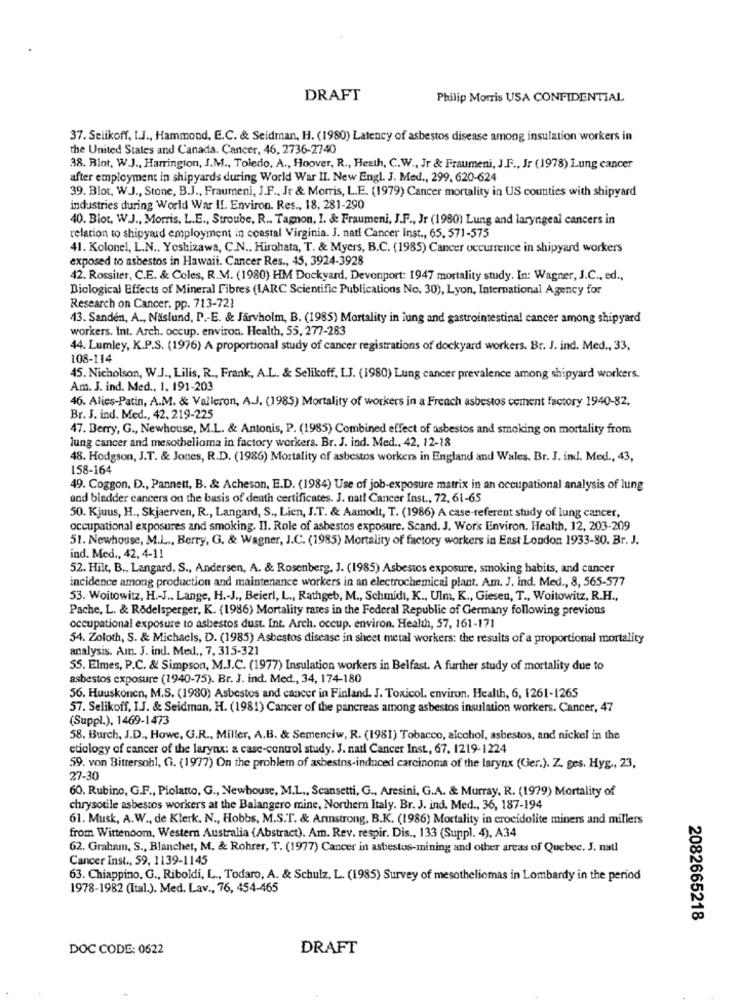
DRAFT
Philip Morris USA CONFIDENTIAL
37. Selikoff, t.J ., Hammond, E.C. & Seidman, H. (1980) Latency of asbestos disease among insulation workers in
the United States and Canada. Cancer, 46, 2736-2740
38. Blot, W.J ., Harrington, J.M ., Toledo. A ., Hoover, R ., Heath, C.W ., Jr & Fraumeni, J.F ., Jr (1978) Lung cancer
after employment in shipyards during World War II. New Engl. J. Med ., 299, 620-624
39. Blot, W.J ., Stone, B.J ., Fraumeni, J.F ., Jr & Morris, L.E. (1979) Cancer mortality in US counties with shipyard
industries during World War II. Environ. Res ., 18, 281-290
40. Blot, W.J ., Morris, L.E ., Stroube, R .. Tagnon, 1. & Fraumeni, J.F ., Jr (1980) Lung and laryngeal cancers in
relation to shipyard employment in coastal Virginia. J. natt Cancer Inst ., 65. 571-575
41. Kolonel, L.N ., Yoshizawa, C.N ., Hirohata, T. & Myers, B.C. (1985) Cancer occurrence in shipyard workers
exposed to asbestos in Hawaii. Cancer Res ., 45, 3924-3928
42. Rossiter, C.E. & Coles, R.M. (1980) HM Dockyard, Devonport: 1947 mortality study. In: Wagner, J.C ., ed .,
Biological Effects of Mineral Fibres (IARC Scientific Publications No. 30), Lyon, International Agency for
Research on Cancer, pp. 713-721
13. Sanden, A ., Näslund, P .- E. & Järvholm, B. (1985) Mortality in iung and gastrointestinal cancer among shipyard
workers. Int. Arch. occup. environ. Health, 55, 277-283
44. Lumley, K.P.S. (1976) A proportional study of cancer registrations of dockyard workers. Br. J. ind. Med ., 33,
108-114
45. Nicholson, W.J ., Lilis, R ., Frank, A.L. & Selikoff, I.J. (1980) Lung cancer prevalence among shipyard workers.
Am. J. ind. Med ., 1. 191-203
46. Alies-Patin, A.M. & Valieron, A.J. (1985) Mortality of workers in a French asbestos cement factory 1940-82.
Br. J. ind. Med ., 42. 219-225
47. Berry, G ., Newhouse, M.L. & Antonis, P. (1985) Combined effect of asbestos and smoking on mortality from
lung cancer and mesothelioma in factory workers. Br. J. ind. Med ., 42, 12-18
48. Hodgson, J.T. & Jones, R.D. (1986) Mortality of asbestos workers in England and Wales. Br. J. ind. Med ., 43,
158-164
49. Coggon, D ., Pannett, B. & Acheson, E.D. (1984) Use of job-exposure matrix in an occupational analysis of lung
and bladder cancers on the basis of death certificates. J. natt Cancer Inst ., 72, 61-65
50. Kjuus, H ., Skjaerven, R ., Langard, S ., Lien, J.T. & Aamodt, T. (1986) A case-referent study of lung cancer,
occupational exposures and smoking. Il. Role of asbestos exposure. Scand. J. Work Environ. Health, 12, 203-209
51. Newhouse, M.L ., Berry, G. & Wagner, J.C. (1985) Mortality of factory workers in East London 1933-80. Br. J.
ind. Med ., 42, 4-11
52. Hilt, B ., Langard, S ., Andersen, A. & Rosenberg, J. (1985) Asbestos exposure, smoking habits, and cancer
incidence among production and maintenance workers in an electrochemical plant. Am. J. ind. Med ., 8, 565-577
53. Woitowitz, H .- J ., Lange, H .- J ., Beierl, L ., Rathgeb, M ., Schmidt, K ., Ulm, K ., Giesen, T ., Woitowitz, R.H .,
Pache, L. & Rodelsperger, K. (1986) Mortality rates in the Federal Republic of Germany following previous
occupational exposure to asbestos dust. Int. Arch. occup. environ. Health, 57, 161-171
54. Zoloth, S. & Michaels, D. (1985) Asbestos disease in sheet metal workers: the results of a proportional mortality
analysis. Am. J. ind. Med ., 7, 315-321
55. Elmes, P.C. & Simpson, M.J.C. (1977) Insulation workers in Belfast. A further study of mortality due to
asbestos exposure (1940-75). Br. J. ind. Med ., 34, 174-180
56. Huuskonen, M.S. (1980) Asbestos and cancer in Finland. J. Toxicol. environ. Health, 6, 1261-1265
57. Selikoff, I.J. & Seidman, H. (1981) Cancer of the pancreas among asbestos insulation workers. Cancer, 47
(Suppl.), 1469-1473
58. Burch, J.D ., Howe, G.R ., Miller, A.B. & Semenciw, R. (1981) Tobacco, alcohol, asbestos, and nickel in the
etiology of cancer of the larynx: a case-control study. J. natl Cancer Inst ., 67, 1219-1224
59. von Bittersohl, Ci. (1977) On the problem of asbestos-induced carcinoma of the larynx (Ger.). Z. ges. Hyg ., 23,
27-30
60. Rubino, G.F ., Piolatto, G ., Newhouse, M.L ., Scansetti, G ., Aresini, G.A. & Murray, R. (1979) Mortality of
chrysotile asbestos workers at the Balangero mine, Northern Italy. Br. J. ind. Med .. 36, 187-194
61. Musk, A.W ., de Klerk. N ., Hobbs, M.S.T. & Armstrong, B.K. (1986) Mortality in crocidolite miners and millers
from Wittenoom, Western Australia (Abstract). Am. Rev. respir. Dis ., 133 (Suppl. 4). A34
62. Graham, S ., Blanchet, M. & Rohrer, T. (1977) Cancer in asbestus-mining and other areas of Quebec. J. nall
Cancer Inst ., 59, 1139-1145
63. Chiappino, G ., Riboldi, L ., Todaro, A. & Schulz, L. (1985) Survey of mesotheliomas in Lombardy in the period
1978-1982 (Ital.). Med. Lav ., 76, 454-465
2082665218
DOC CODE: 0622
DRAFT